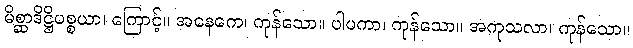
မိစ္ဆာဒိဋ္ဌိပစ္စယာ၊ ကြောင့်။ အနေကေ၊ ကုန်သော။ ပါပကာ၊ ကုန်သော။ အကုသလာ၊ ကုန်သော။